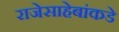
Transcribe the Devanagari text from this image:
राजेसाहेबांकडे